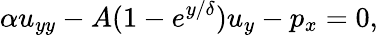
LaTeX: \alpha u_{yy}-A(1-e^{{y}/{\delta}})u_{y}-p_{x}=0,